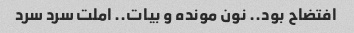
افتضاح بود.. نون مونده و بیات.. املت سرد سرد